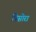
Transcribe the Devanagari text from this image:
निसोरा